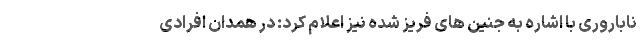
ناباروری با اشاره به جنین های فریز شده نیز اعلام کرد: در همدان افرادی